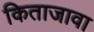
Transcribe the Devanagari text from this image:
किताजावा